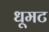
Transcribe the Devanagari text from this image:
धूमट